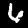
Label: 6